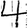
Digit: 4